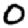
Digit: 0